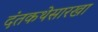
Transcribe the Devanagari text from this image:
दंतकथेसारखा